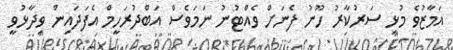
އަމާޒުުވެ މުޅި ސަރުކާރު ހޫނު ފެނަށް ވެއްޓުނު ނަމަވެސް އަބްދުރަހީމް އެފަދައިން ވިދާޅުވީ